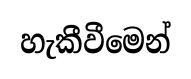
හැකීවීමෙන්